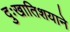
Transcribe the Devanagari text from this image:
दुःखातिशयाने